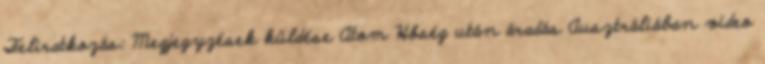
Feliratkozás: Megjegyzések küldése Atom Hőség után áradás Ausztráliában video